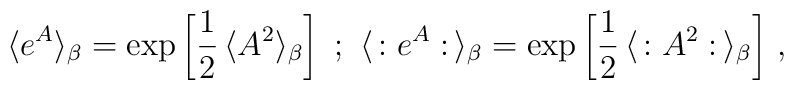
\langle e^A \rangle_{\beta} = \exp \left[ \frac{1}{2} \, \langle A^2\rangle_{\beta} \right] \ ; \ \langle \, : e^A : \, \rangle_{\beta} =\exp \left[ \frac{1}{2} \, \langle \, : A^2 : \, \rangle_{\beta} \right] \, ,